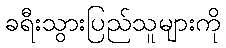
ခရီးသွားပြည်သူများကို